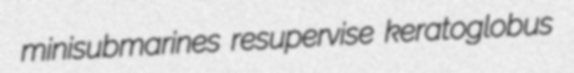
minisubmarines resupervise keratoglobus